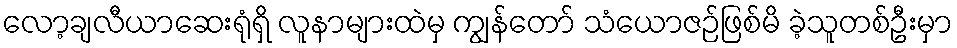
လော့ချလီယာဆေးရုံရှိ လူနာများထဲမှ ကျွန်တော် သံယောဇဉ်ဖြစ်မိ ခဲ့သူတစ်ဦးမှာ